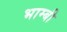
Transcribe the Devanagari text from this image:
भाम्बी